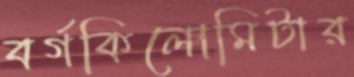
বর্গকিলোমিটার